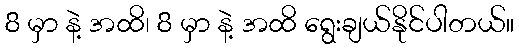
8 မှာ နဲ့ အထိ၊ 8 မှာ နဲ့ အထိ ရွေးချယ်နိုင်ပါတယ်။